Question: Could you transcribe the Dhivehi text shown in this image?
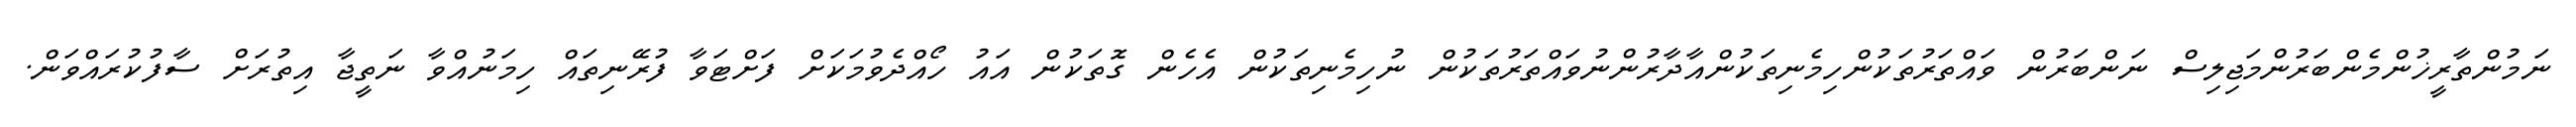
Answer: ނަމުންތާރީޚުންމެންބަރުންމަޖިލިސް ނަންބަރުން ވައްތަރުތަކުންހިމެނިތަކުންއާދާރުންނުވައްތަރުތަކުން ނުހިމެނިތަކުން އެހެން ގޮތަކުން އައު ހޯއްދެވުމަކަށް ފަށްޓަވާ ފުރޭނިތައް ހިމަނުއްވާ ނަތީޖާ އިތުރަށް ސާފުކުރައްވަން.